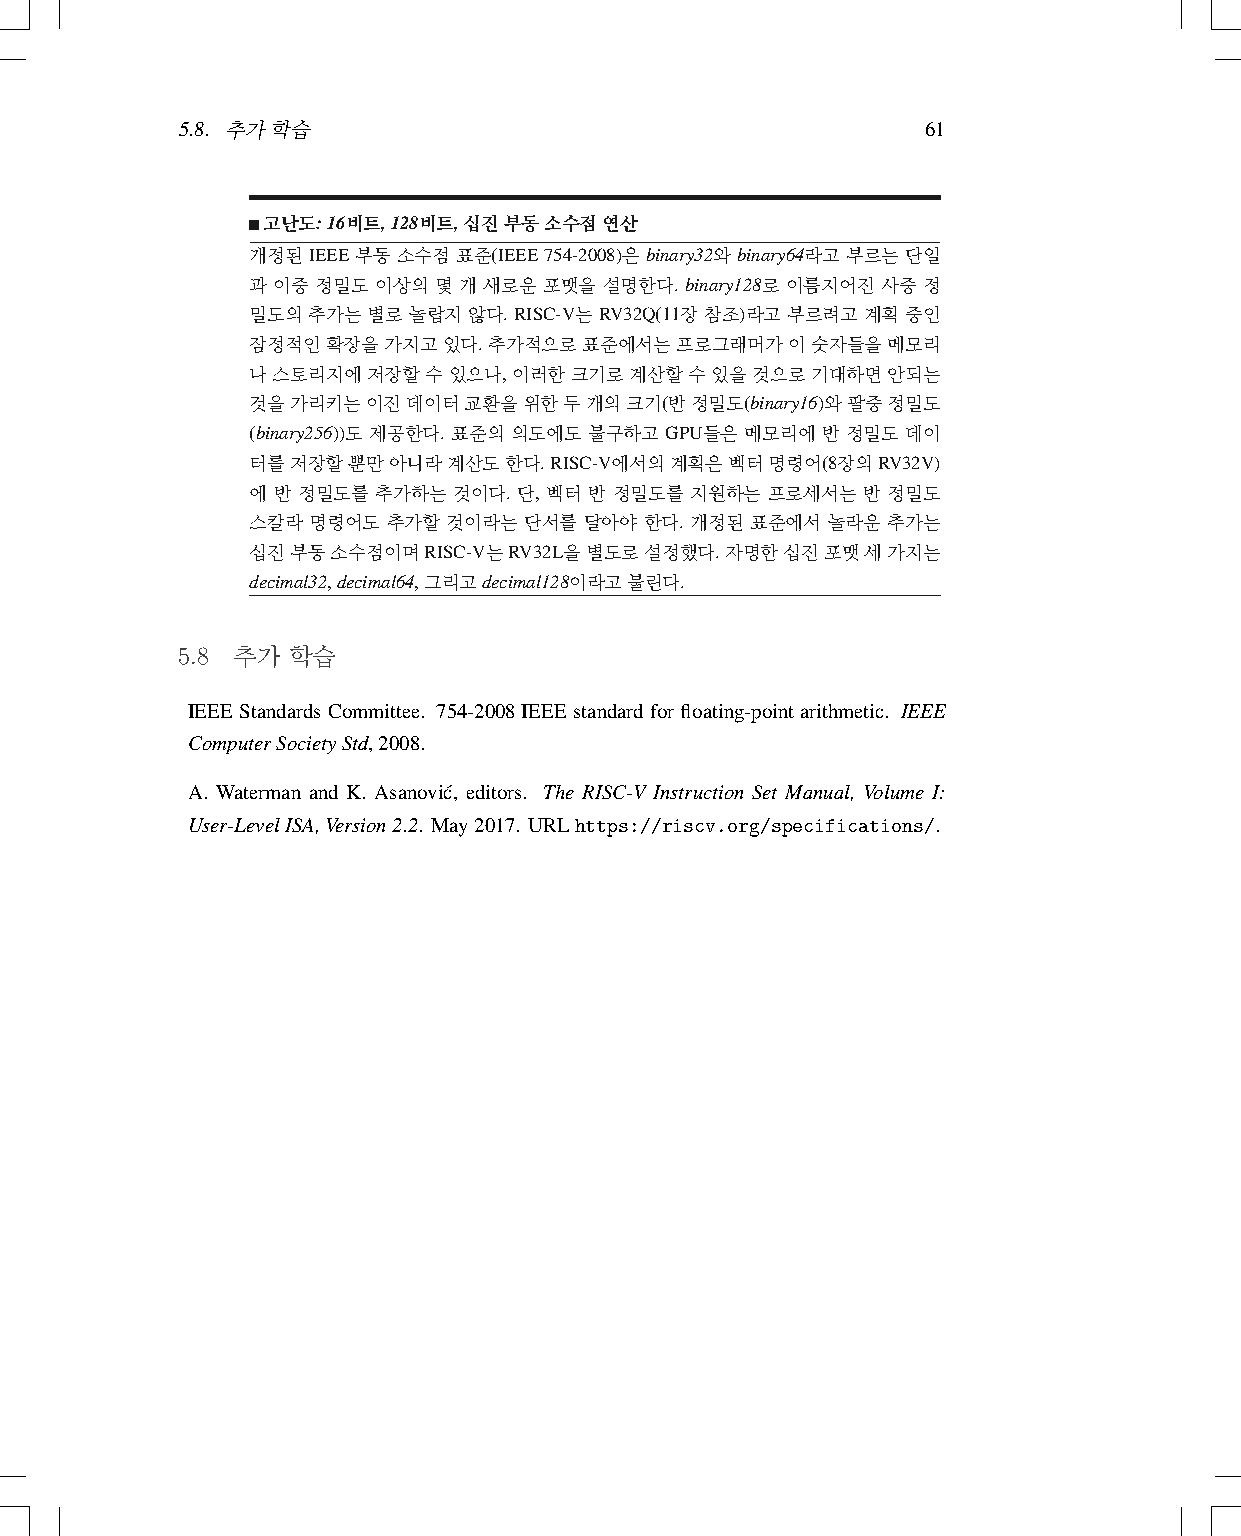
5.8. 추가학습                                        61
 고난도:16비트,128비트,십진부동소수점연산
 개정된IEEE부동소수점표준(IEEE754-2008)은binary32와binary64라고부르는단일
 과 이중 정밀도 이상의 몇 개 새로운 포맷을 설명한다. binary128로 이름지어진 사중 정
 밀도의추가는별로놀랍지않다.RISC-V는RV32Q(11장참조)라고부르려고계획중인
 잠정적인확장을가지고있다.추가적으로표준에서는프로그래머가이숫자들을메모리
 나스토리지에저장할수있으나,이러한크기로계산할수있을것으로기대하면안되는
 것을가리키는이진데이터교환을위한두개의크기(반정밀도(binary16)와팔중정밀도
 (binary256))도제공한다.표준의의도에도불구하고GPU들은메모리에반정밀도데이
 터를저장할뿐만아니라계산도한다.RISC-V에서의계획은벡터명령어(8장의RV32V)
 에 반 정밀도를 추가하는 것이다. 단, 벡터 반 정밀도를 지원하는 프로세서는 반 정밀도
 스칼라 명령어도  추가할 것이라는 단서를 달아야 한다. 개정된 표준에서 놀라운 추가는
 십진부동소수점이며RISC-V는RV32L을별도로설정했다.자명한십진포맷세가지는
 decimal32,decimal64,그리고decimal128이라고불린다.
 5.8 추가 학습
 IEEE Standards Committee. 754-2008 IEEE standard for floating-point arithmetic. IEEE
 ComputerSocietyStd,2008.
 A. Waterman and K. Asanovic´, editors. The RISC-V Instruction Set Manual, Volume I:
 User-LevelISA,Version2.2. May2017. URLhttps://riscv.org/specifications/.